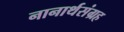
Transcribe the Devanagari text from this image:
नानार्थसंग्रह